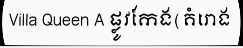
Villa Queen A ផ្លូវកែង(គំរោង